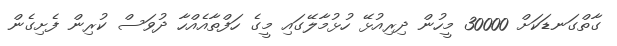
ގާތްގަނޑަކަށް 30000 މީހުން ދިރިއުޅޭ ހުޅުމާލޭގައި މީގެ ހަފްތާއެއްހާ ދުވަސް ކުރިން ފެށިގެން